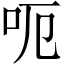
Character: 呃